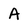
Character: A